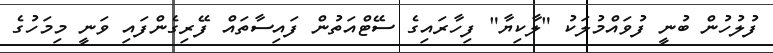
ފުލުހުން ބުނީ ފުވައްމުލަކު "ލާކިޔާ" ފިހާރައިގެ ސޭޓްއަތުން ފައިސާތައް ފޭރިގެންފައި ވަނީ މިމަހުގެ